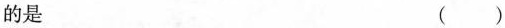
的是 ( )